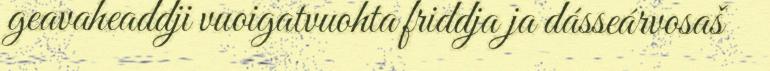
geavaheaddji vuoigatvuohta friddja ja dásseárvosaš